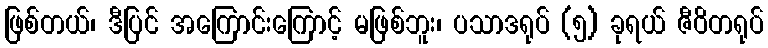
ဖြစ်တယ်၊ ဒီပြင် အကြောင်းကြောင့် မဖြစ်ဘူး၊ ပသာဒရုပ် (၅) ခုရယ် ဇီဝိတရုပ်